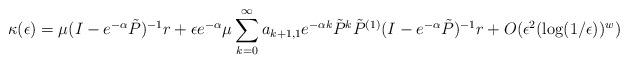
LaTeX: \begin{align*}\kappa(\epsilon) = \mu(I-e^{-\alpha}\tilde{{P}})^{-1}r + \epsilon e^{-\alpha} \mu \sum_{k=0}^{\infty} a_{k+1,1} e^{-\alpha k} \tilde{P}^k \tilde{P}^{(1)} (I-e^{-\alpha}\tilde{P})^{-1}r + O(\epsilon^2 (\log(1/\epsilon))^w)\end{align*}